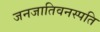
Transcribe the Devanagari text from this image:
जनजातिवनस्पति